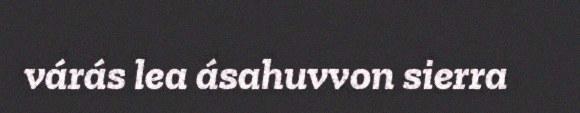
várás lea ásahuvvon sierra